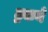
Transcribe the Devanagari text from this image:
ट्रकने